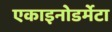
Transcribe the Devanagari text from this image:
एकाइनोडर्मेटा